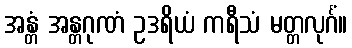
အန္တံ အန္တဂုဏံ ဥဒရိယံ ကရီသံ မတ္တလုင်္ဂံ။